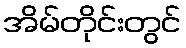
အိမ်တိုင်းတွင်